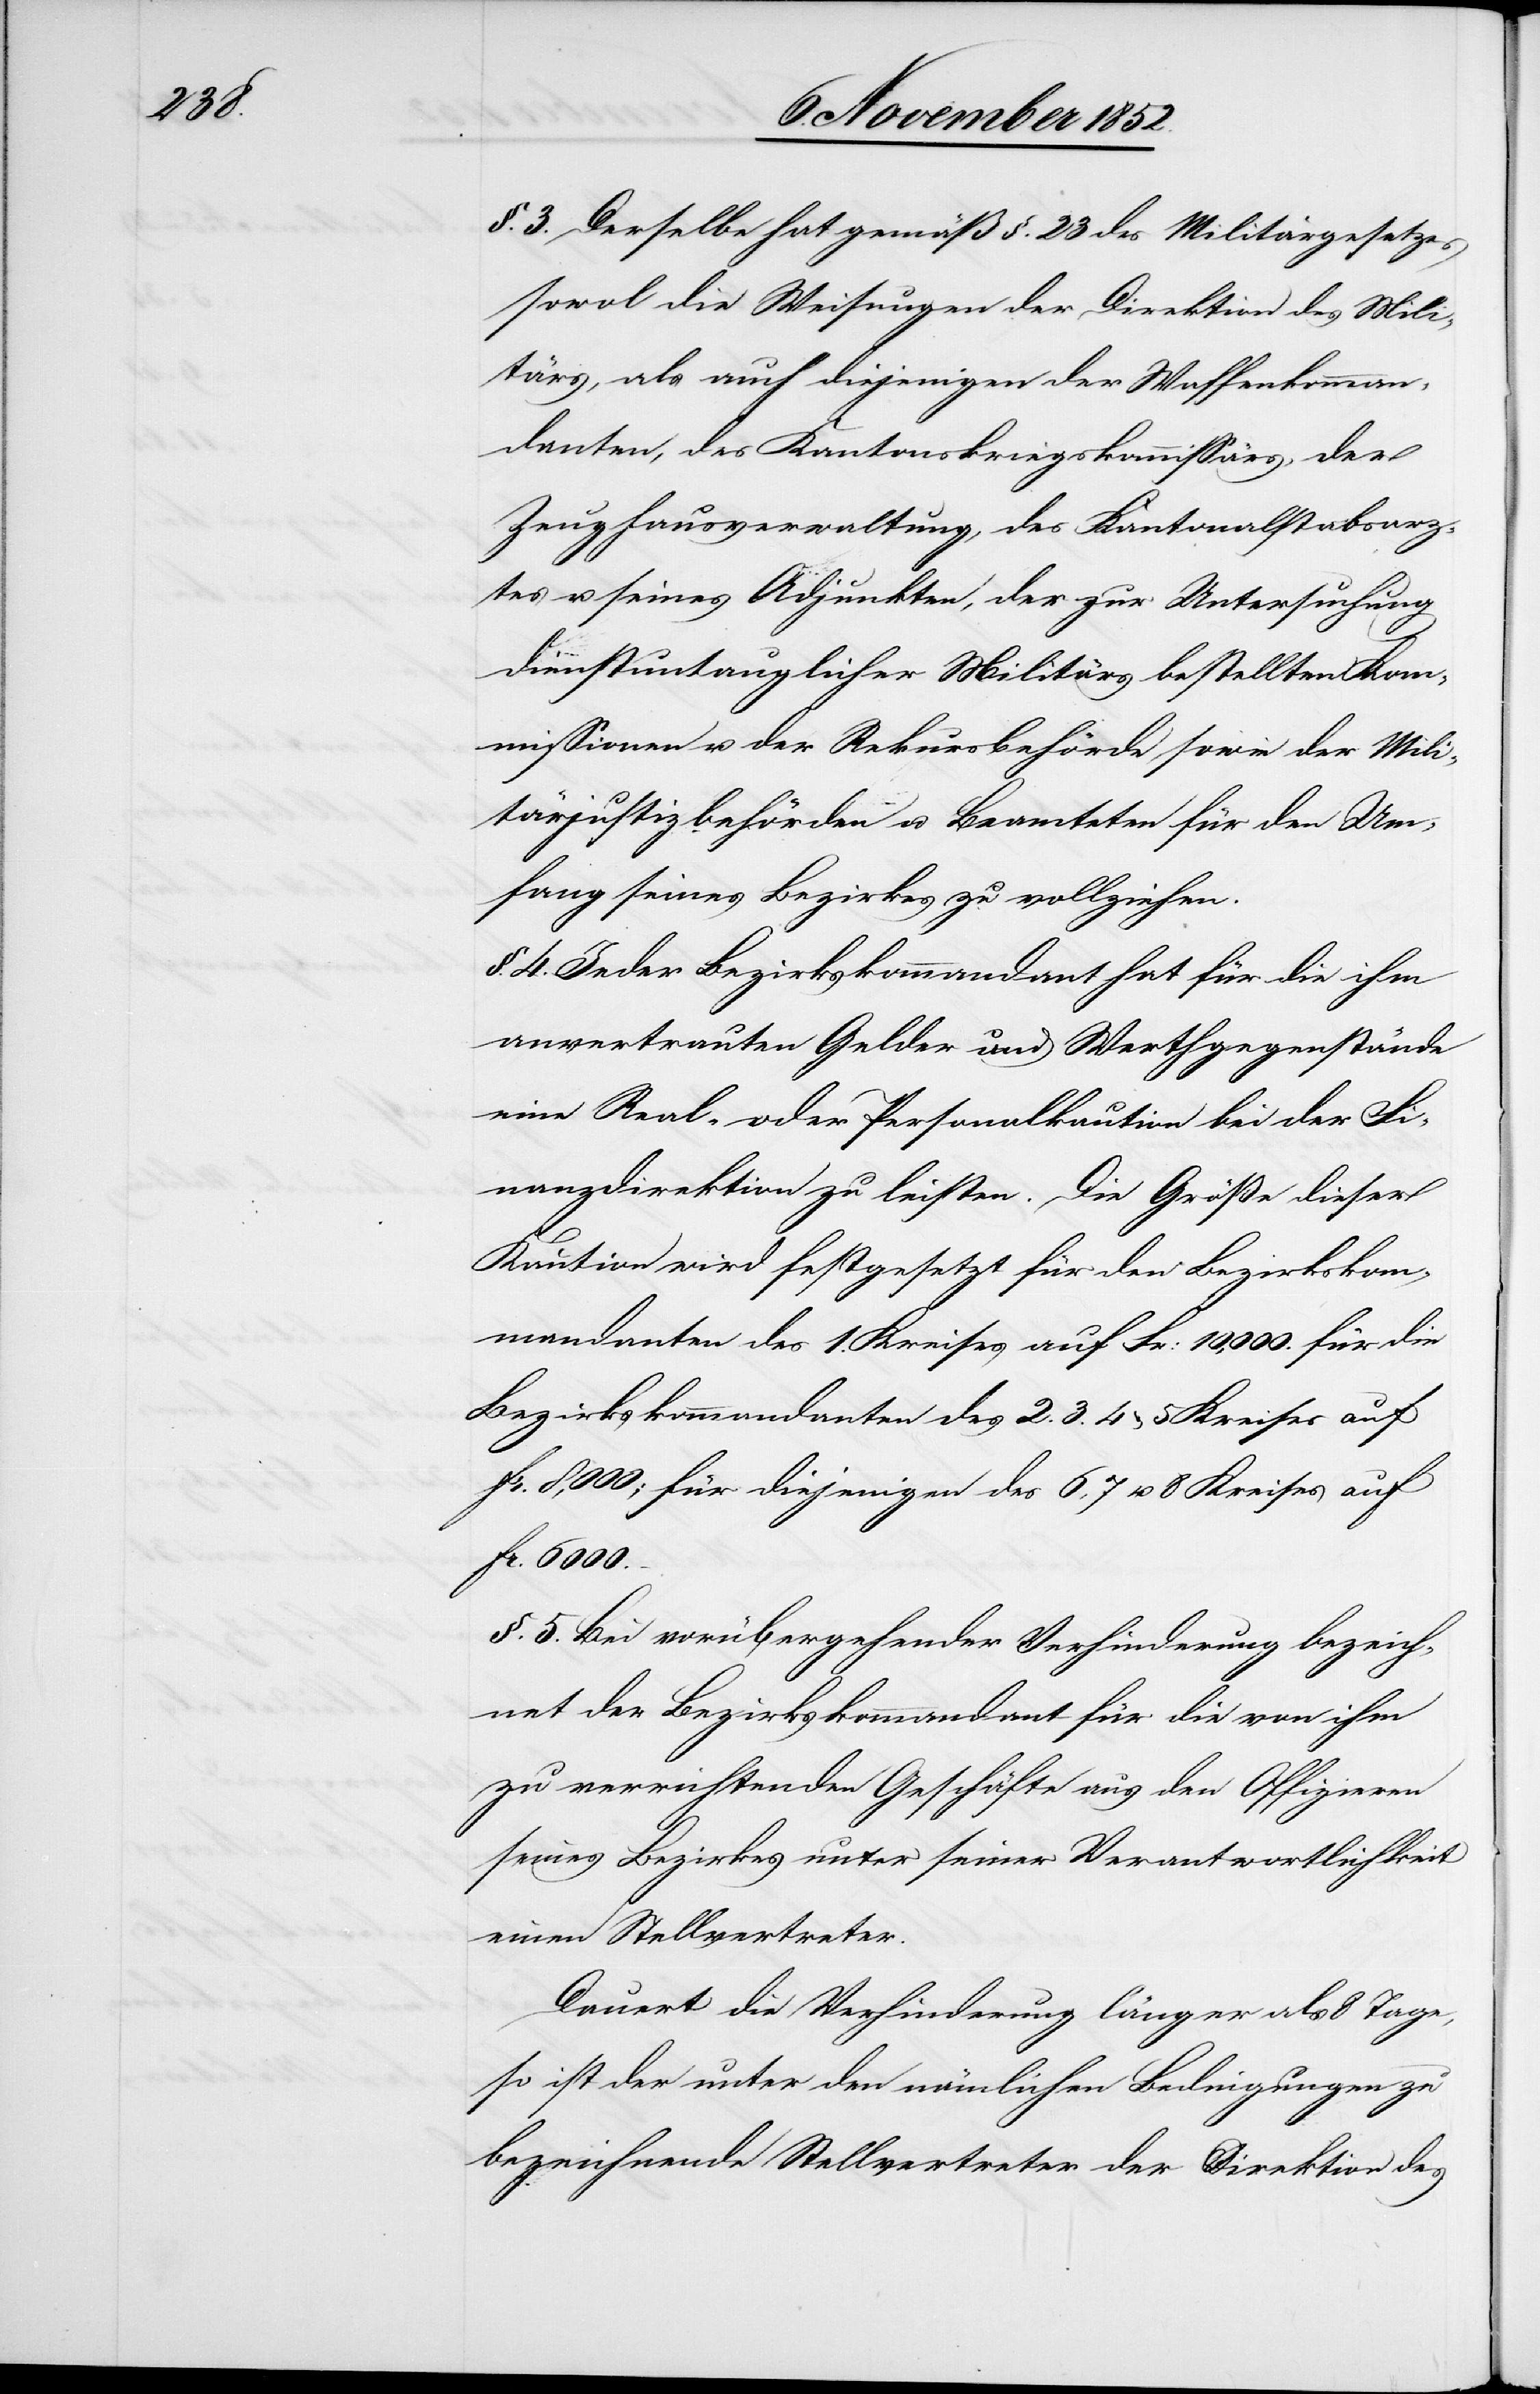
§. 3. Derselbe hat gemäß §. 23 des Militärgesetzes
sowol die Weisungen der Direktion des Mili¬
tärs, als auch diejenigen der Waffenkomman¬
danten, des Kantonalkriegskommissärs, der
Zeughausverwaltung, des Kantonalstabsarz¬
tes u. seines Adjunkten, der zur Untersuchung
dienstuntauglicher Militärs bestellten Ko¬
mmissionen u. der Rekursbehörde sowie der Mili¬
tärjustizbehörden u. Beamteten für den Um¬
fang seines Bezirkes zu vollziehen.
§. 4. Jeder Bezirkskommandant hat für die ihm
anvertrauten Gelder und Werthgegenstände
eine Real- oder Personalkaution bei der Fi¬
nanzdirektion zu leisten. Die Größe dieser
Kaution wird festgesetzt für den Bezirkskom¬
mandanten des 1. Kreises auf Fr: 10,000. für die
Bezirkskommandanten des 2.[,] 3.[,] 4 & 5 Kreises auf
Fr. 8,000; für diejenigen des 6, 7 u. 8 Kreises auf
Fr. 6000.
§. 5. Bei vorübergehender Verhinderung bezeich¬
net der Bezirkskommandant für die von ihm
zu verrichtenden Geschäfte aus den Offizieren
seines Bezirkes unter seiner Verantwortlichkeit
einen Stellvertreter.
Dauert die Verhinderung länger als 8 Tage,
so ist der unter den nämlichen Bedingungen zu
bezeichnende Stellvertreter der Direktion des